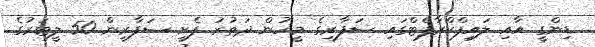
ޑިންގީ އާއި ލައިފްކްރާފްޓްގައި ސަފާރީގެ މީހުން ދަތުރު ފެށީ ސަފާރީން 50 ލީޓަރުގެ